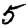
Digit: 5